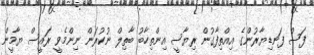
ފަސް ފަނޑިޔާރުންގެ އިއްތިފާގުން ރިޔާސީ އިންތިހާބު ބާތިލް ނުކުރަން ނިންމެވީ ރައީސް ޔާމީން